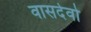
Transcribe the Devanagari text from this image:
वासदेवो